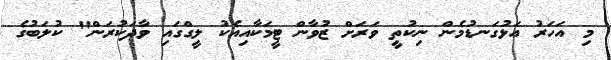
މި އަހަރު އަޅުގަނޑުމެން ނިކުތީ ވަރަށް ޒުވާން ޓީމަކާއިއެކު ލީގްގައި ވާދަކުރަން" ކުލަބުގެ